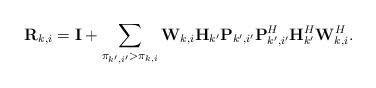
\begin{align*}\begin{aligned}&\mathbf{R}_{k,i}=\mathbf{I}+\sum\limits_{\pi_{k',i'}>\pi_{k,i}}\mathbf{W}_{k,i}\mathbf{H}_{k'}\mathbf{P}_{k',i'}\mathbf{P}_{k',i'}^H\mathbf{H}_{k'}^H\mathbf{W}_{k,i}^H.\end{aligned}\end{align*}